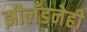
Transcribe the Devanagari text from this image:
झीलँडनेही